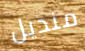
منديل